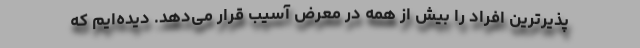
پذیرترین افراد را بیش از همه در معرض آسیب قرار می‌دهد. دیده‌ایم که